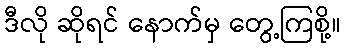
ဒီလို ဆိုရင် နောက်မှ တွေ့ကြစို့။